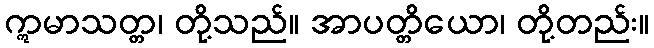
ဣမာသတ္တ၊ တို့သည်။ အာပတ္တိယော၊ တို့တည်း။